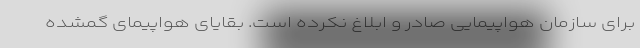
برای سازمان هواپیمایی صادر و ابلاغ نکرده است. بقایای هواپیمای گمشده